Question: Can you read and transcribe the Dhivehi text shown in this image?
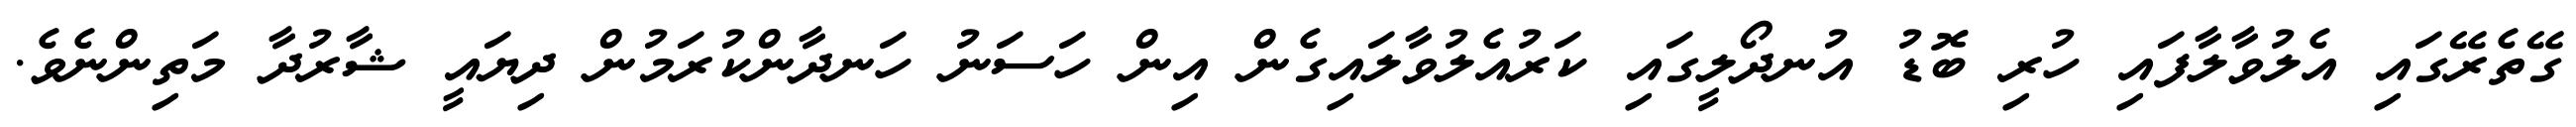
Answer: ގޭތެރޭގައި އެލުވާލާފައި ހުރި ބޮޑު އުނދޯލީގައި ކަރުއެލުވާލައިގެން އިން ހަސަނު ހަނދާންކުރަމުން ދިޔައީ ޝާރުދާ މަތިންނެވެ.